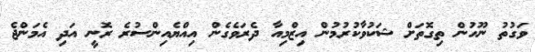
ވަގުތު ނޫހުން ތިގޮތަށް ޝަކުވާކުރުމުން އިޒްމިއާ ދެރަވެގެން އިއްޔެއިންސުރެ ރޮނީ އަދި އެމަންޖެ